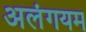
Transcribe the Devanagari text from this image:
अलंगयम